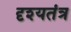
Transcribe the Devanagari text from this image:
दृश्यतंत्र